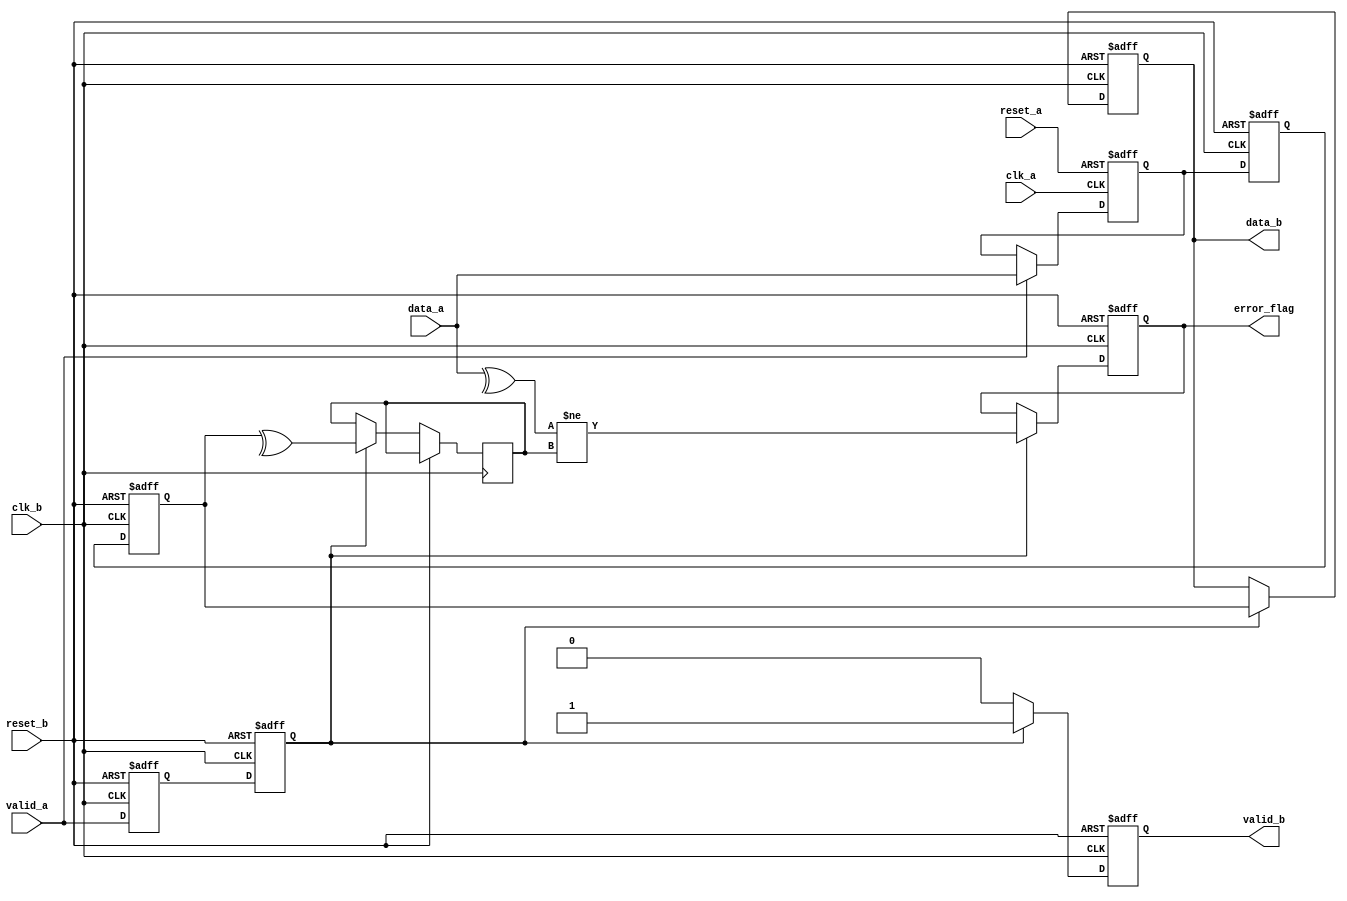
module cdc_with_error_detection #(
    parameter DATA_WIDTH = 8  // Define the width of the data bus
)(
    input  wire            clk_a,        // Clock domain A
    input  wire            clk_b,        // Clock domain B
    input  wire            reset_a,      // Reset for domain A
    input  wire            reset_b,      // Reset for domain B
    input  wire [DATA_WIDTH-1:0] data_a, // Data input from domain A
    input  wire            valid_a,      // Valid signal from domain A
    output reg [DATA_WIDTH-1:0] data_b,  // Data output for domain B
    output reg            valid_b,      // Valid signal for domain B
    output reg            error_flag     // Error flag
);

reg [DATA_WIDTH-1:0] data_a_reg;        // Registered data from domain A
reg parity_a;                            // Parity bit from domain A
reg parity_b;                            // Parity bit received in domain B
reg ready_b;                             // Handshake signal indicating readiness in domain B

// Parity calculation
always @(*) begin
    parity_a = ^data_a;                  // Calculate parity for data_a
end

// Buffer the data and valid signal
always @(posedge clk_a or posedge reset_a) begin
    if (reset_a) begin
        data_a_reg <= 0;
    end else if (valid_a) begin
        data_a_reg <= data_a;             // Latch data when valid
    end
end

// Dual-flop synchronizer
reg [DATA_WIDTH-1:0] sync_reg1, sync_reg2; // Synchronizer registers
reg sync_valid1, sync_valid2;               // Valid signals for synchronizer

always @(posedge clk_b or posedge reset_b) begin
    if (reset_b) begin
        sync_reg1 <= 0;
        sync_reg2 <= 0;
        sync_valid1 <= 0;
        sync_valid2 <= 0;
        data_b <= 0;
        valid_b <= 0;
        error_flag <= 0;
    end else begin
        sync_reg1 <= data_a_reg;           // First stage of synchronization
        sync_valid1 <= valid_a;            // Capture valid signal
        
        sync_reg2 <= sync_reg1;            // Second stage of synchronization
        sync_valid2 <= sync_valid1;        // Propagate valid signal

        if (sync_valid2) begin
            data_b <= sync_reg2;           // Output synchronized data
            valid_b <= 1;                  // Indicate valid output
            parity_b <= ^sync_reg2;        // Calculate received parity
            error_flag <= (parity_a != parity_b); // Check for parity error
        end else begin
            valid_b <= 0;                  // Clear valid if not synchronized
        end
    end
end

// Handshake mechanism
always @(posedge clk_b or posedge reset_b) begin
    if (reset_b) begin
        ready_b <= 0;
    end else begin
        if (valid_b) begin
            ready_b <= 1;                  // Set ready when data is valid
        end else begin
            ready_b <= 0;                  // Clear ready if data is not valid
        end
    end
end

endmodule